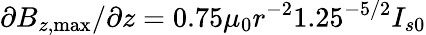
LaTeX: \partial B_{z,\mathrm{{max}}}/\partial z=0.75\mu_{0}r^{-2}1.25^{-5/2}I_{s0}